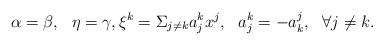
LaTeX: \begin{align*} \alpha=\beta, \ \ \eta=\gamma, \xi^k=\Sigma_{j\not=k}a^k_jx^j, \ \ a^k_j=-a^j_k, \ \ \forall j\not=k. \end{align*}